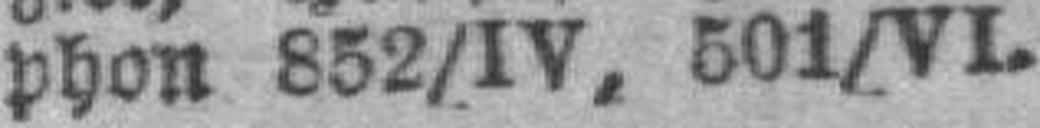
phon 852/IV, 501/VI.